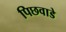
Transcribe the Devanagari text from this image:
पिछवाडे